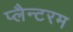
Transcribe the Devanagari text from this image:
प्लैन्टरम